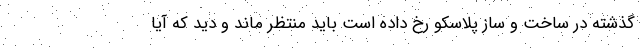
گذشته در ساخت و ساز پلاسکو رخ داده است باید منتظر ماند و دید که آیا